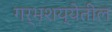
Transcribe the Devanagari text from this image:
गर्भशय्येतील